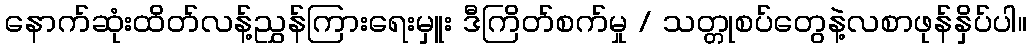
နောက်ဆုံးထိတ်လန့်ညွှန်ကြားရေးမှူး ဒီကြိတ်စက်မှု / သတ္တုစပ်တွေနဲ့လစာဖုန်နှိပ်ပါ။